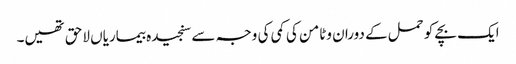
ایک بچے کو حمل کے دوران وٹامن کی کمی کی وجہ سے سنجیدہ بیماریاں لاحق تھیں۔